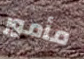
مأمور